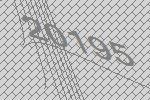
20195